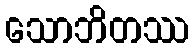
သောဘိတဿ